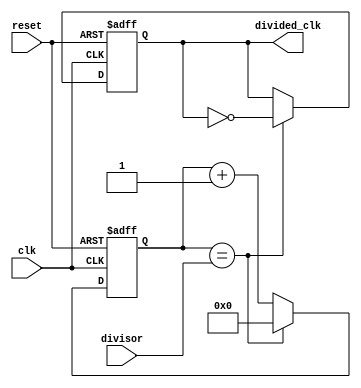
module RippleCounterClockDivider (
    input clk,
    input reset,
    input [3:0] divisor,
    output reg divided_clk
);

reg [3:0] count;

always @(posedge clk or posedge reset) begin
    if (reset) begin
        count <= 4'b0000;
        divided_clk <= 1'b0;
    end else begin
        if (count == divisor) begin
            count <= 4'b0000;
            divided_clk <= ~divided_clk;
        end else begin
            count <= count + 1;
        end
    end
end

endmodule